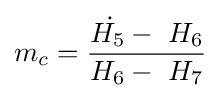
{\dot {m_{c}={\frac {H_{5}-\ H_{6}}{H_{6}-\ H_{7}}}}}